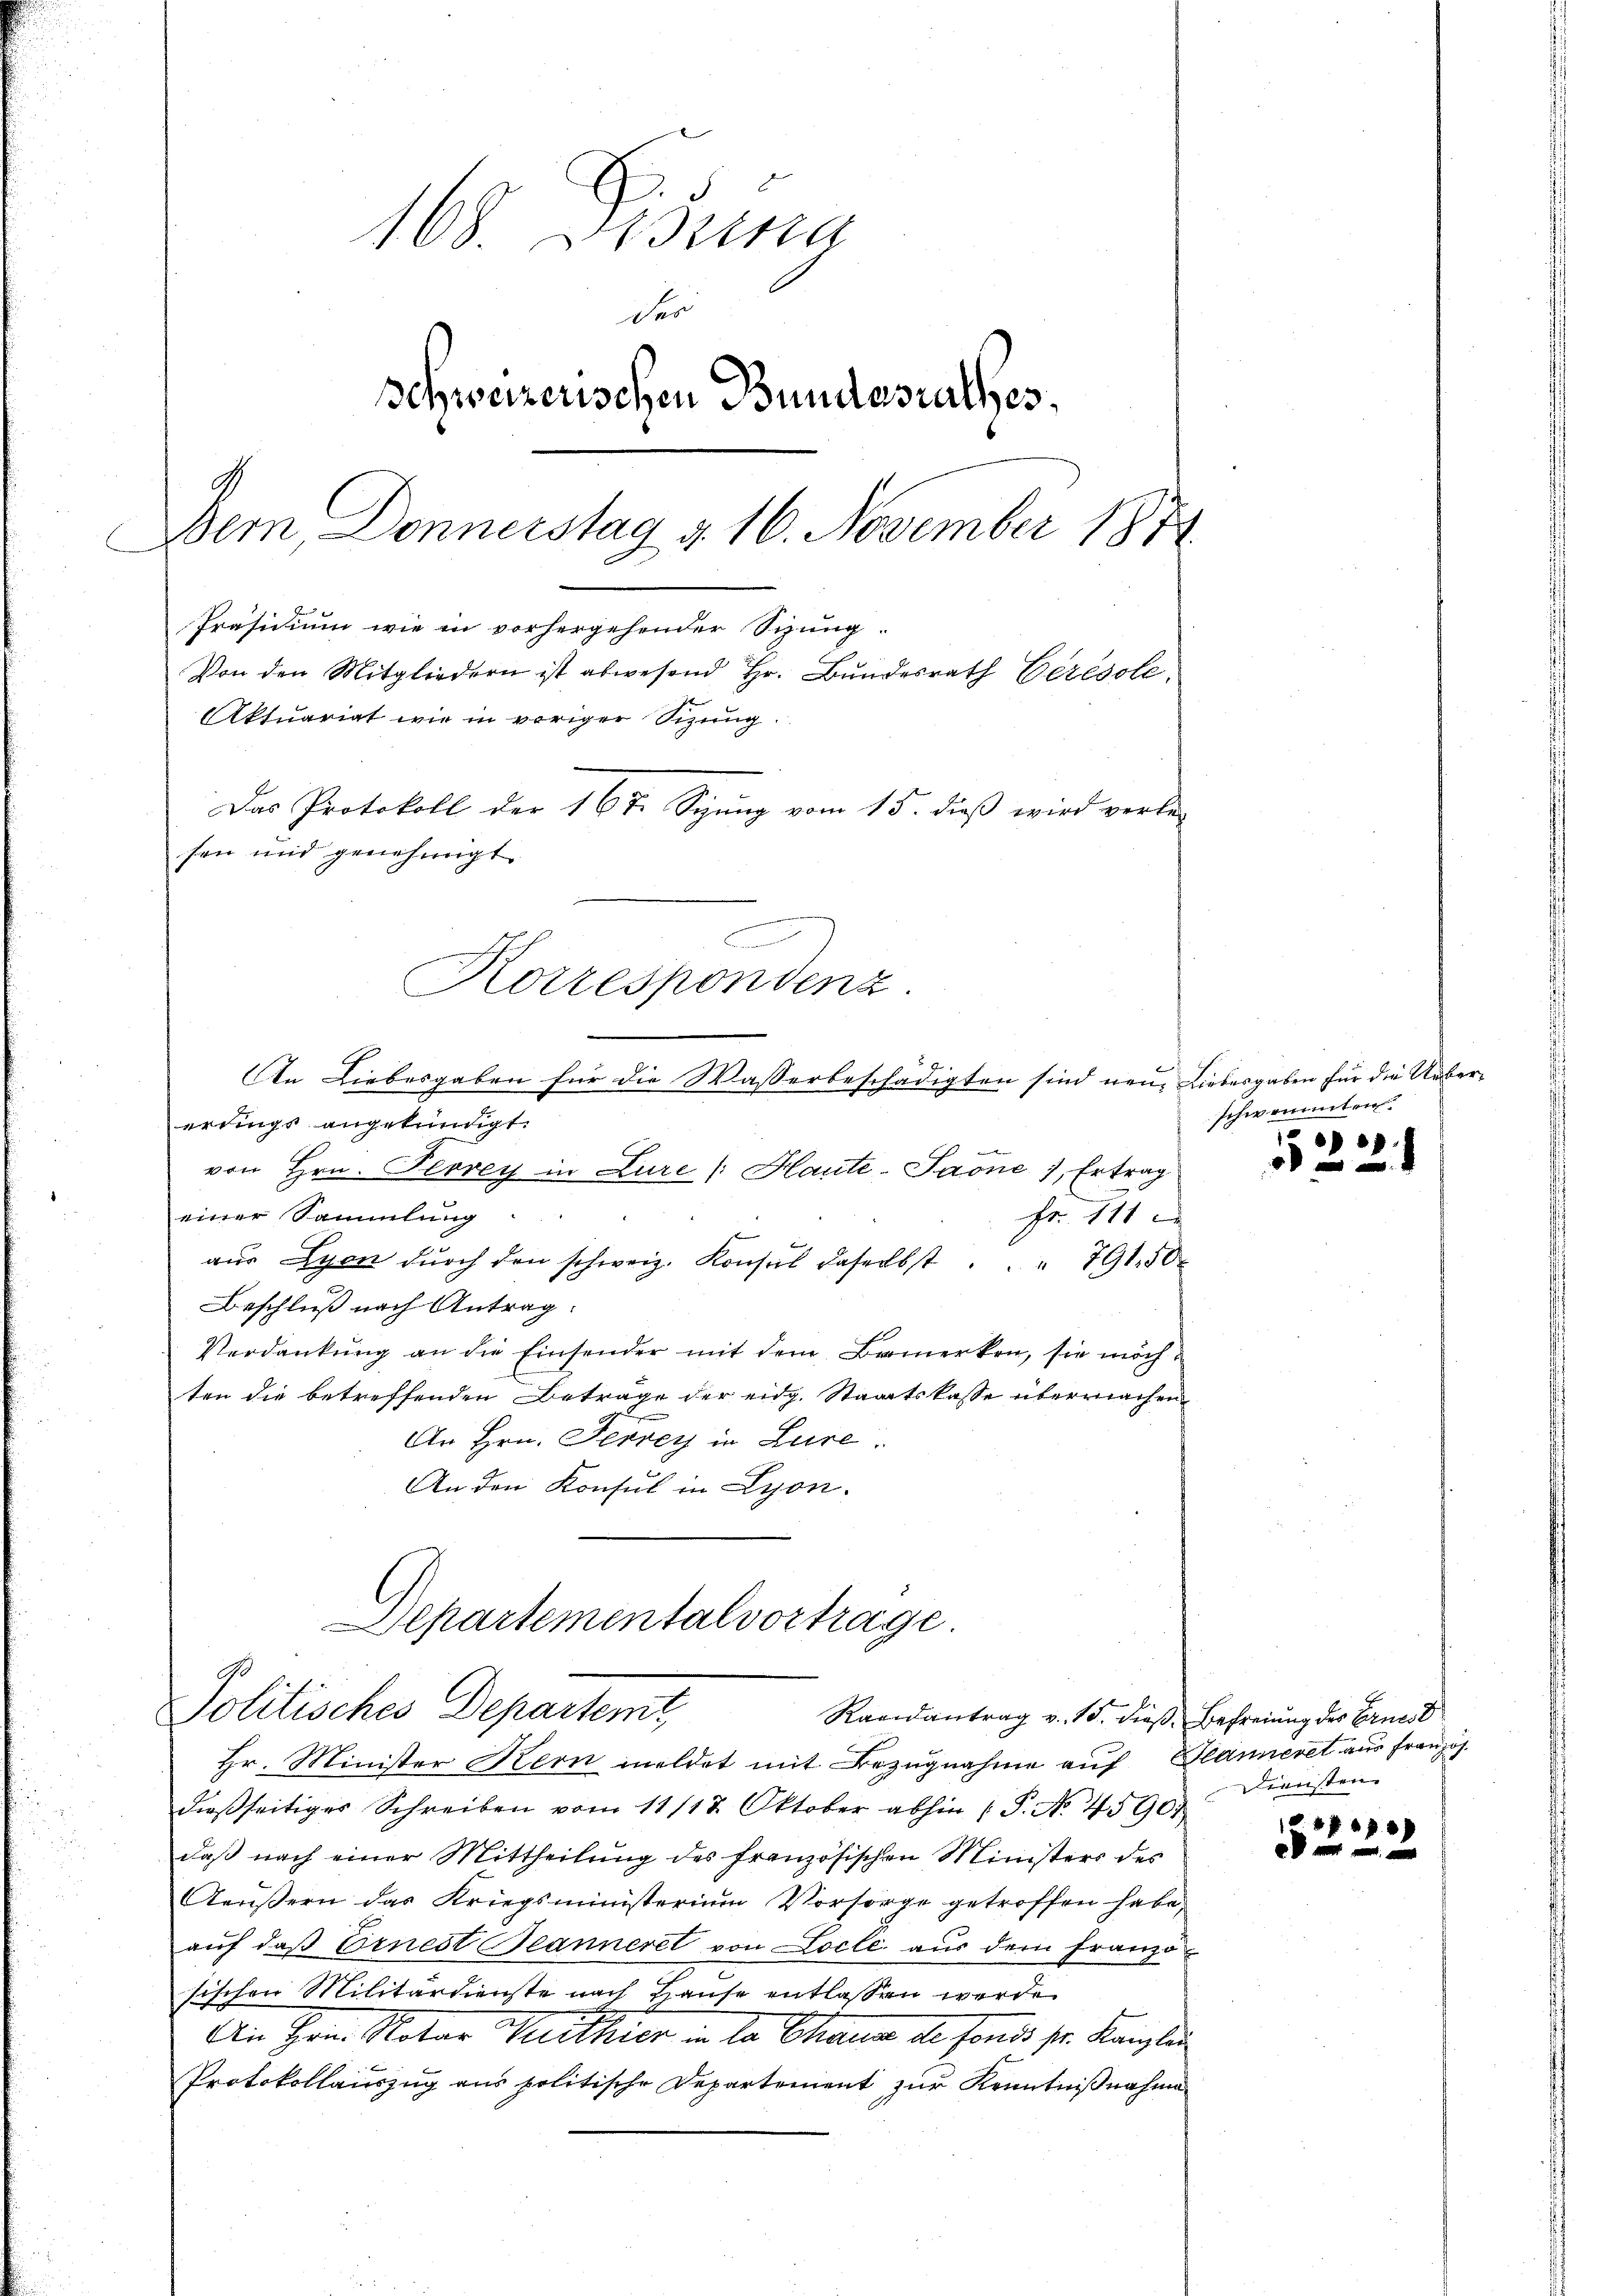
168. Disung
der
Schweizerischen Bundesrathes,
d
Dem Donnerstag d. 16. November 1874
Präsidium wie in vorhergehender Sitzung.
Von den Mitgliedern ist abwesend Hr. Bŭndesrath Eerésole
Aktuariat wie in voriger Sitzung.
Das Protokoll der 16 t Syung vom 15. dieß wird verle-
sen und genehmigt.
Korrespondenz.

An Liebesgaben für die Wasserbeschädigten sind neue Liebesgaben für die Uebererungs angekündigt.

von Hrn. Peorey in Lure (Haute-Saone), Ertrag
einer Sammlung
Fr. 111
aŭs Lyon dŭrch den schweiz. Konsul daselbst " " 791 50 x
Beschluß nach Antrag
Verdankung an die Einsender mit dem Bemerken, sie möchten die betreffenden Beträge der eidg. Staatskasse übermachen
An Hrn. Ferrey in Lure.
An den Konsul in Lyon.

Departementalvortrage.
Politisches Departemt,
Raeidantrag v. 15. dieß Befreiung des Ernest

Hr. Minister Kern meldet mit Bezugnahme auf Planieret aus Französ.
dieβseitiges Schreiben vom 11/18. Oktober abhin (P. No. 4590. Diensten
daβ nach einer Mittheilung des französischen Ministers des
Aeußern das Kriegsministerium Vorsorge getroffen habe,
auf daß Ernest eanneret von Locle, aus dem Franzo
sischen Militärdienste nach Hause entlassen werde
Ain Hrn. Notar Mathier in da Chann de sonde sr. Kanzlei
Protokollauszug aus politische Departement zur Kenntnißnahme

schwannnten
p

f
 mit mit de